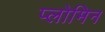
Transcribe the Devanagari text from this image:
प्लोमिन